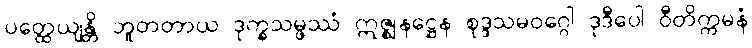
ပတ္ထေယျန္တိ ဘူတတာယ ဒုက္ခသမ္ဖဿံ ဣဇ္ဈနဋ္ဌေန စုဒ္ဒသမဝဂ္ဂေါ ဒုဒီပေါ ဝီတိက္ကမနံ